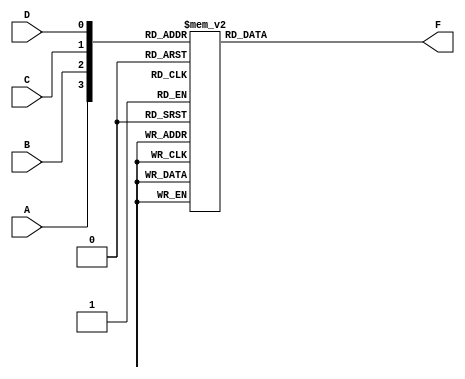
module kmap_4variable (
    input wire A, // Input variable A
    input wire B, // Input variable B
    input wire C, // Input variable C
    input wire D, // Input variable D
    output reg F  // Output F (simplified Boolean function)
);

always @(*) begin
    case ({A, B, C, D})
        4'b0000: F = 1'b0; // A B C D = 0000
        4'b0001: F = 1'b1; // A B C D = 0001
        4'b0010: F = 1'b0; // A B C D = 0010
        4'b0011: F = 1'b1; // A B C D = 0011
        4'b0100: F = 1'b1; // A B C D = 0100
        4'b0101: F = 1'b0; // A B C D = 0101
        4'b0110: F = 1'b1; // A B C D = 0110
        4'b0111: F = 1'b0; // A B C D = 0111
        4'b1000: F = 1'b1; // A B C D = 1000
        4'b1001: F = 1'b0; // A B C D = 1001
        4'b1010: F = 1'b0; // A B C D = 1010
        4'b1011: F = 1'b1; // A B C D = 1011
        4'b1100: F = 1'b1; // A B C D = 1100
        4'b1101: F = 1'b1; // A B C D = 1101
        4'b1110: F = 1'b0; // A B C D = 1110
        4'b1111: F = 1'b0; // A B C D = 1111
        default: F = 1'b0; // Default case
    endcase
end

endmodule